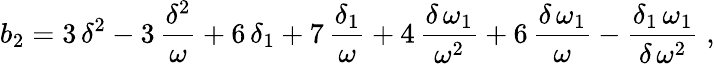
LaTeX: b_{2}=3\, {\delta}^{2}-3\, {\displaystyle\frac{{\delta}^{2}}{{\omega}}}+6\, {{\delta}_{1}}+7\, {\displaystyle\frac{{{\delta}_{1}}}{{\omega}}}+4\, {\displaystyle\frac{{\delta}\, {{\omega}_{1}}}{{\omega}^{2}}}+6\, {\displaystyle\frac{{\delta}\, {{\omega}_{1}}}{{\omega}}}-{\displaystyle\frac{{{\delta}_{1}}\, {{\omega}_{1}}}{{\delta}\, {\omega}^{2}}}\; ,